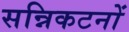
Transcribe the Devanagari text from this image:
सन्निकटनों